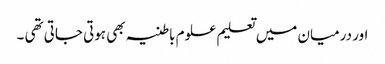
اور درمیان میں تعلیم علوم باطنیہ بھی ہوتی جاتی تھی ۔